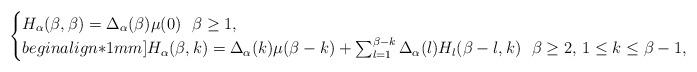
LaTeX: \begin{align*}\begin{cases} H_\alpha(\beta,\beta) = \Delta_\alpha(\beta) \mu(0) \ \ \beta\ge 1, \\begin{align*}1mm]H_\alpha(\beta,k) = \Delta_\alpha( k) \mu(\beta-k) +\sum_{l=1}^{\beta-k} \Delta_\alpha(l) H_l(\beta-l,k) \ \ \beta\ge 2,\,1\le k\le \beta-1,\end{cases}\end{align*}